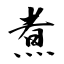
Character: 煮